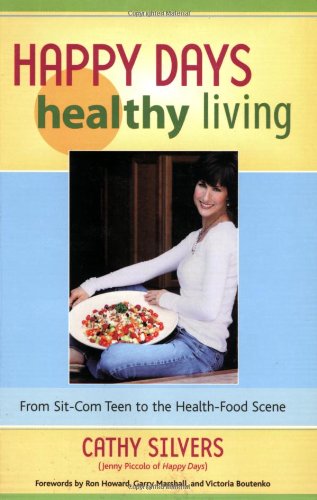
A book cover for Happy Days Healthy Living: From Sit-Com Teen to the Health-Food Scene; Cathy Silvers; Health, Fitness & Dieting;